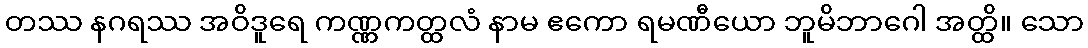
တဿ နဂရဿ အဝိဒူရေ ကဏ္ဏကတ္ထလံ နာမ ဧကော ရမဏီယော ဘူမိဘာဂေါ အတ္ထိ။ သော